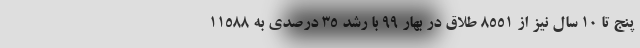
پنج تا ۱۰ سال نیز از ۸۵۵۱ طلاق در بهار ۹۹ با رشد ۳۵ درصدی به ۱۱۵۸۸